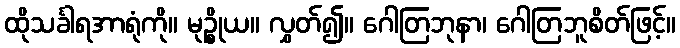
ထိုသင်္ခါရအာရုံကို။ မုဉ္စိုယ။ လွှတ်၍။ ဂေါတြဘုနာ၊ ဂေါတြဘူစိတ်ဖြင့်။